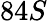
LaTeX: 84S